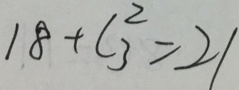
1 8 + C _ { 3 } ^ { 2 } = 2 1